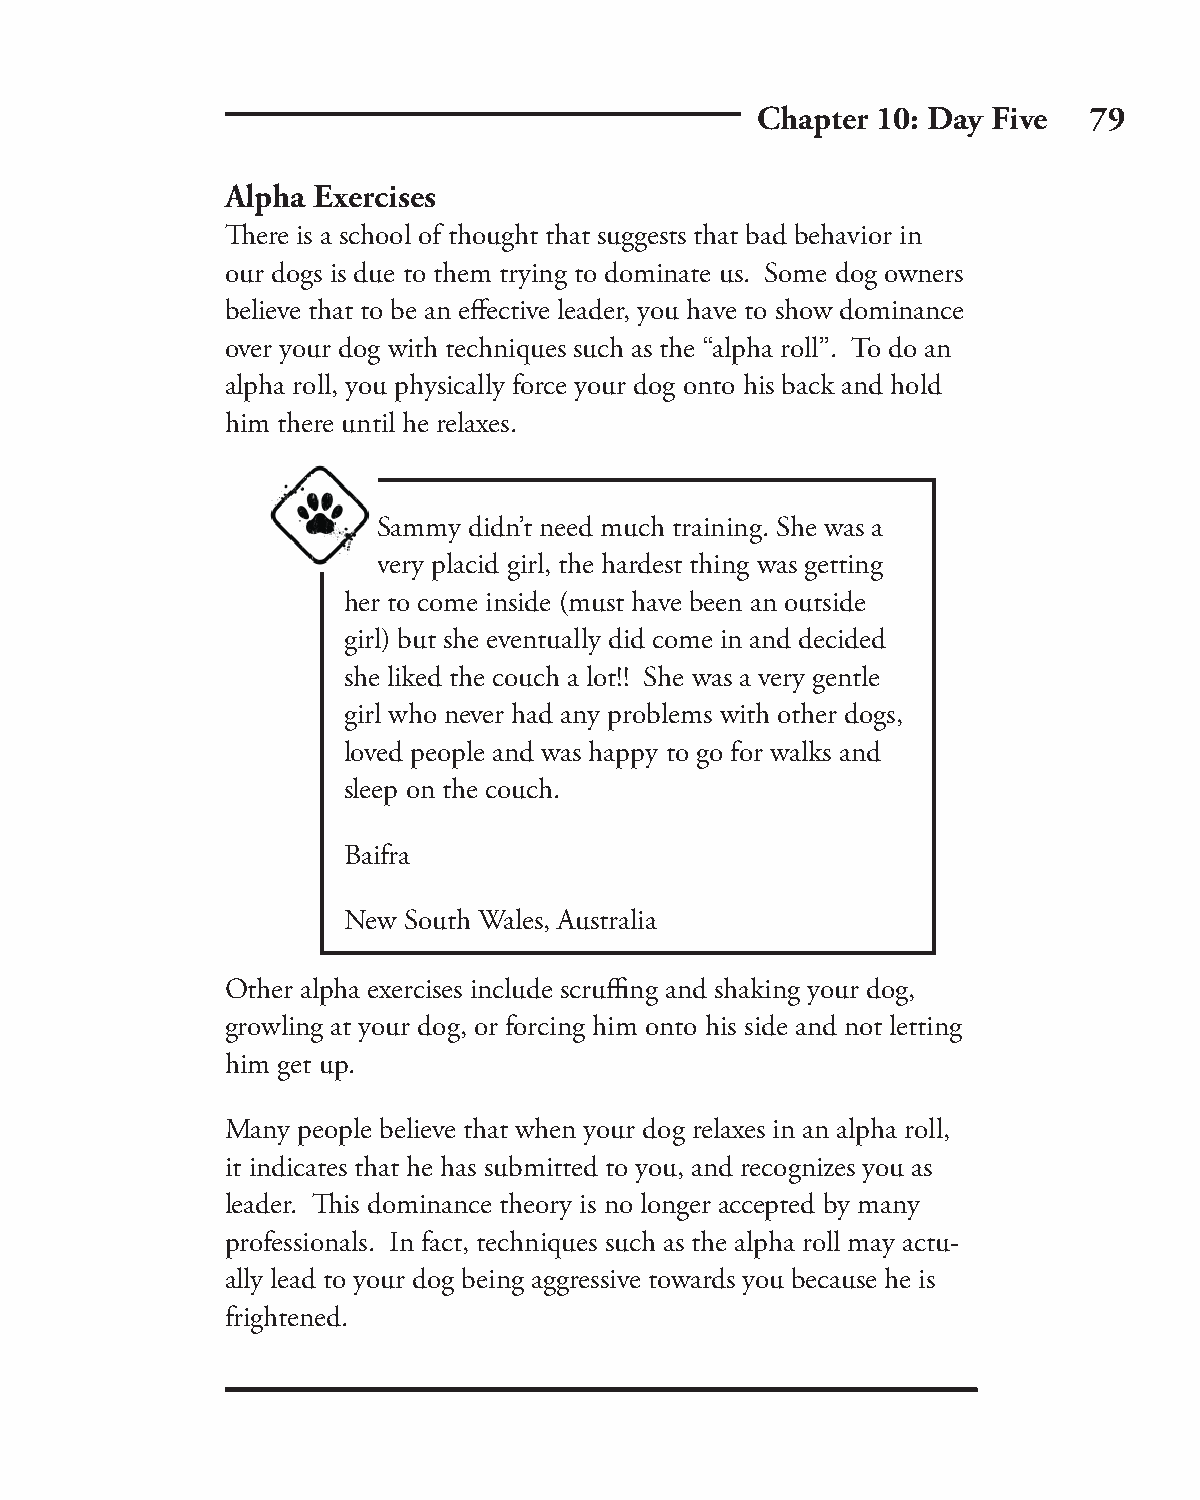
Chapter 10: Day Five  79
 Alpha Exercises
 Th ere is a school of thought that suggests that bad behavior in
 our dogs is due to them trying to dominate us. Some dog owners
 believe that to be an eff ective leader, you have to show dominance
 over your dog with techniques such as the “alpha roll”. To do an
 alpha roll, you physically force your dog onto his back and hold
 him there until he relaxes.
 Sammy didn’t need much training. She was a
 very placid girl, the hardest thing was getting
 her to come inside (must have been an outside
 girl) but she eventually did come in and decided
 she liked the couch a lot!! She was a very gentle
 girl who never had any problems with other dogs,
 loved people and was happy to go for walks and
 sleep on the couch.
 Baifra
 New South Wales, Australia
 Other alpha exercises include scruffi ng and shaking your dog,
 growling at your dog, or forcing him onto his side and not letting
 him get up.
 Many people believe that when your dog relaxes in an alpha roll,
 it indicates that he has submitted to you, and recognizes you as
 leader. Th is dominance theory is no longer accepted by many
 professionals. In fact, techniques such as the alpha roll may actu-
 ally lead to your dog being aggressive towards you because he is
 frightened.